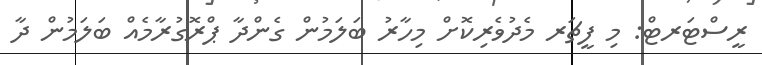
ރީސްޓަރޓް: މި ފީޗަރ މެދުވެރިކޮށް މިހާރު ބަލަމުން ގެންދާ ޕްރޮގުރާމެއް ބަލަމުން ދާ